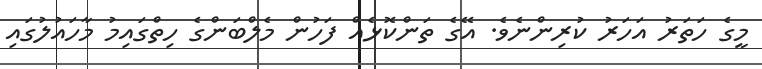
މީގެ ހަތަރު އަހަރު ކުރިންނެވެ. އޭގެ ތަންކޮޅެއް ފަހުން މެލްބަންގެ ހިތްގައިމު މާހައުލުގައި